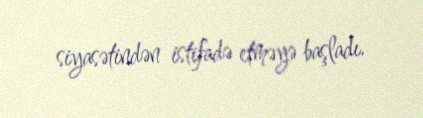
siyasətindən istifadə etməyə başladı.